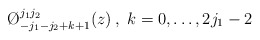
\begin{align*}\O ^{j_{1}j_{2}}_{-j_{1}-j_{2}+k+1}(z)\: ,\; k=0,\dots ,2j_{1}-2\end{align*}